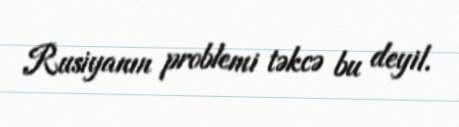
Rusiyanın problemi təkcə bu deyil.